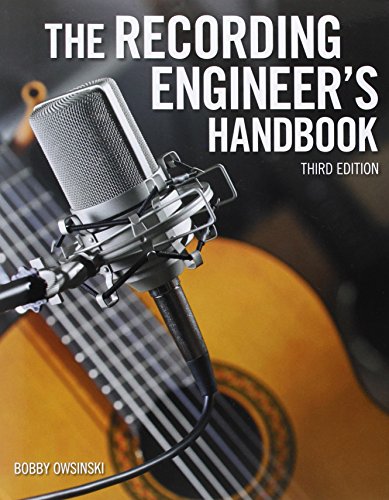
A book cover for The Recording Engineer's Handbook; Bobby Owsinski; Arts & Photography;